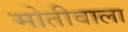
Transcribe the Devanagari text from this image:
मोतीवाला